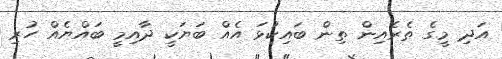
އަދި މީގެ ތެރެއިން ތިން ބައިކުޅަ އެއް ބަޔަކީ ދާއިމީ ބައްޔެއް ހުރި